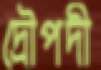
দ্রৌপদী